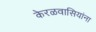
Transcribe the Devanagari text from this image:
केरळवासियांना